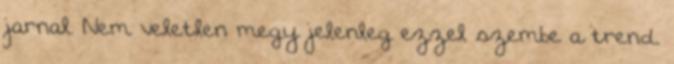
jarnal. Nem veletlen megy jelenleg ezzel szembe a trend.